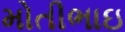
મોતીભાઇ